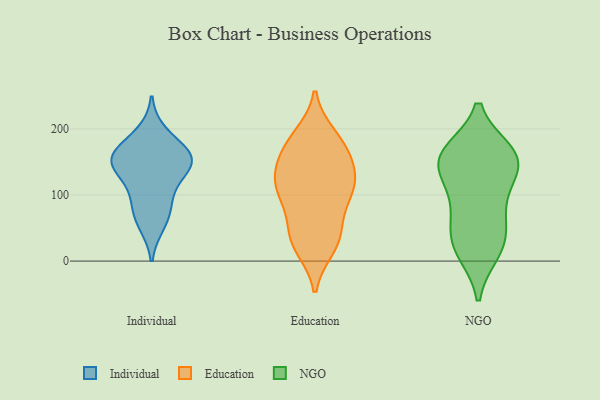
{"axis": {"x": "Operating Costs (USD K)", "y": "Value"}, "legend": ["Education", "Individual", "NGO"], "data": [{"x": "", "y": 163, "type": "Individual"}, {"x": "", "y": 56, "type": "Individual"}, {"x": "", "y": 72, "type": "Individual"}, {"x": "", "y": 91, "type": "Individual"}, {"x": "", "y": 148, "type": "Individual"}, {"x": "", "y": 193, "type": "Individual"}, {"x": "", "y": 158, "type": "Individual"}, {"x": "", "y": 116, "type": "Individual"}, {"x": "", "y": 149, "type": "Individual"}, {"x": "", "y": 144, "type": "Individual"}, {"x": "", "y": 160, "type": "Individual"}, {"x": "", "y": 106, "type": "Education"}, {"x": "", "y": 140, "type": "Education"}, {"x": "", "y": 189, "type": "Education"}, {"x": "", "y": 108, "type": "Education"}, {"x": "", "y": 161, "type": "Education"}, {"x": "", "y": 109, "type": "Education"}, {"x": "", "y": 101, "type": "Education"}, {"x": "", "y": 40, "type": "Education"}, {"x": "", "y": 178, "type": "Education"}, {"x": "", "y": 21, "type": "Education"}, {"x": "", "y": 134, "type": "Education"}, {"x": "", "y": 108, "type": "Education"}, {"x": "", "y": 152, "type": "Education"}, {"x": "", "y": 23, "type": "Education"}, {"x": "", "y": 183, "type": "Education"}, {"x": "", "y": 58, "type": "Education"}, {"x": "", "y": 39, "type": "Education"}, {"x": "", "y": 86, "type": "NGO"}, {"x": "", "y": 15, "type": "NGO"}, {"x": "", "y": 41, "type": "NGO"}, {"x": "", "y": 161, "type": "NGO"}, {"x": "", "y": 18, "type": "NGO"}, {"x": "", "y": 125, "type": "NGO"}, {"x": "", "y": 79, "type": "NGO"}, {"x": "", "y": 36, "type": "NGO"}, {"x": "", "y": 159, "type": "NGO"}, {"x": "", "y": 164, "type": "NGO"}, {"x": "", "y": 152, "type": "NGO"}, {"x": "", "y": 136, "type": "NGO"}, {"x": "", "y": 158, "type": "NGO"}]}